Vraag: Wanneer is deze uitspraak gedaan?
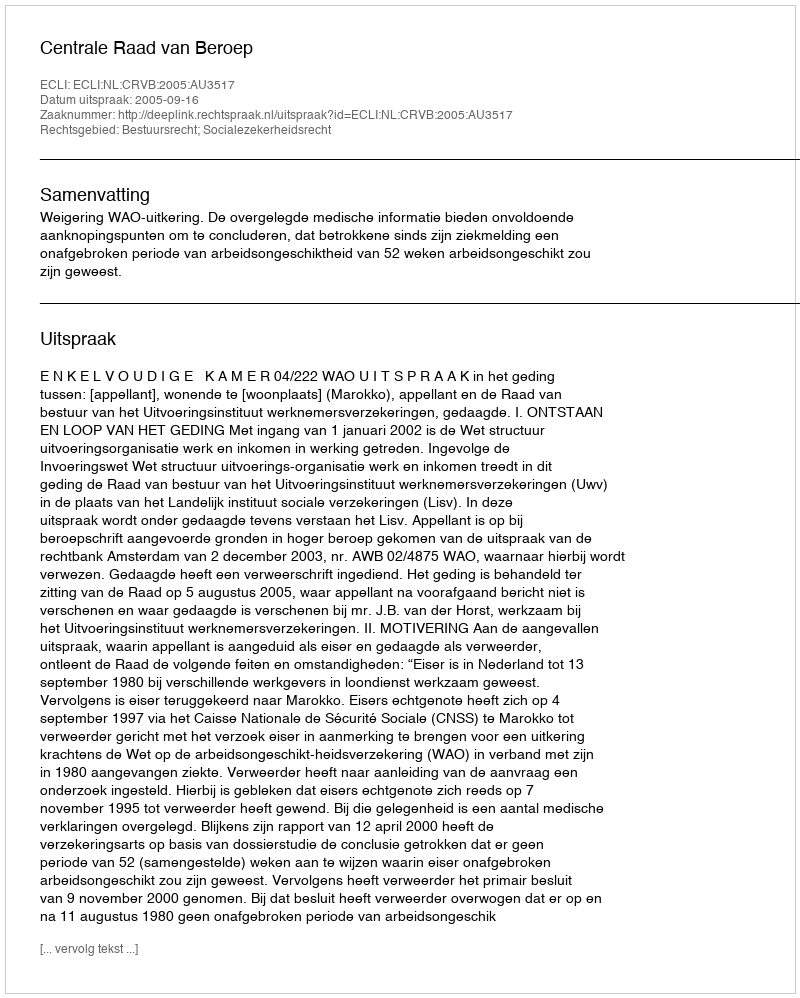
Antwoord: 2005-09-16